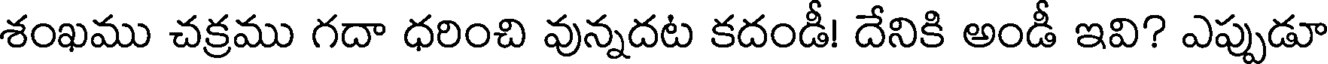
శంఖము చక్రము గదా ధరించి వున్నదట కదండీ! దేనికి అండీ ఇవి? ఎప్పుడూ